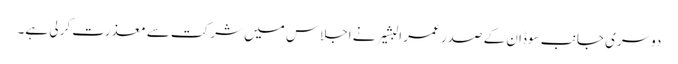
دوسری جانب سوڈان کے صدر عمر البشیر نے اجلاس میں شرکت سے معذرت کر لی ہے۔